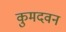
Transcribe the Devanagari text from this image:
कुमदवन